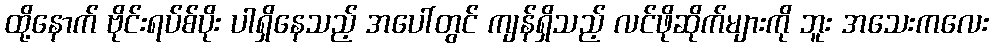
ထို့နောက် ဗိုင်းရပ်စ်ပိုး ပါရှိနေသည့် အပေါ်တွင် ကျန်ရှိသည့် လင်ဖိုဆိုက်များကို ဘူး အသေးကလေး